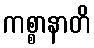
ကစ္စာနာတိ